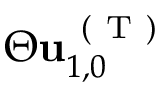
\Theta \mathbf { u } _ { 1 , 0 } ^ { \mathrm { ~ ( ~ T ~ ) ~ } }